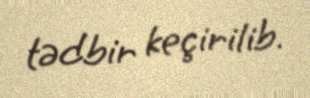
tədbir keçirilib.